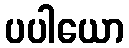
ပပါယော